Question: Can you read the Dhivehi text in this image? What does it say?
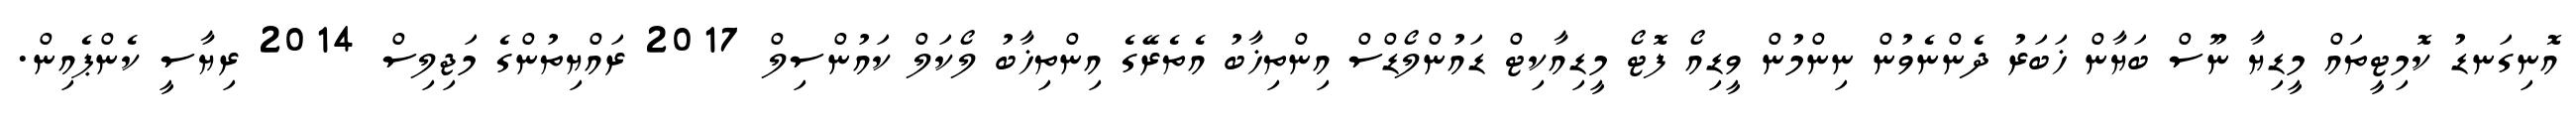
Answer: އޮނިގަނޑު ކޮމިޓީތައް މީޑިޔާ ނޫސް ބަޔާން ޚަބަރު ދެންނެވުން ނިންމުން ވީޑިއޯ ފޮޓޯ މީޑިއާކިޓް ޑައުންލޯޑްސް އިންތިޚާބު އެތެރޭގެ އިންތިޚާބު ލޯކަލް ކައުންސިލް 2017 ރައްޔިތުންގެ މަޖިލިސް 2014 ރިޔާސީ ކެންޕެއިން.